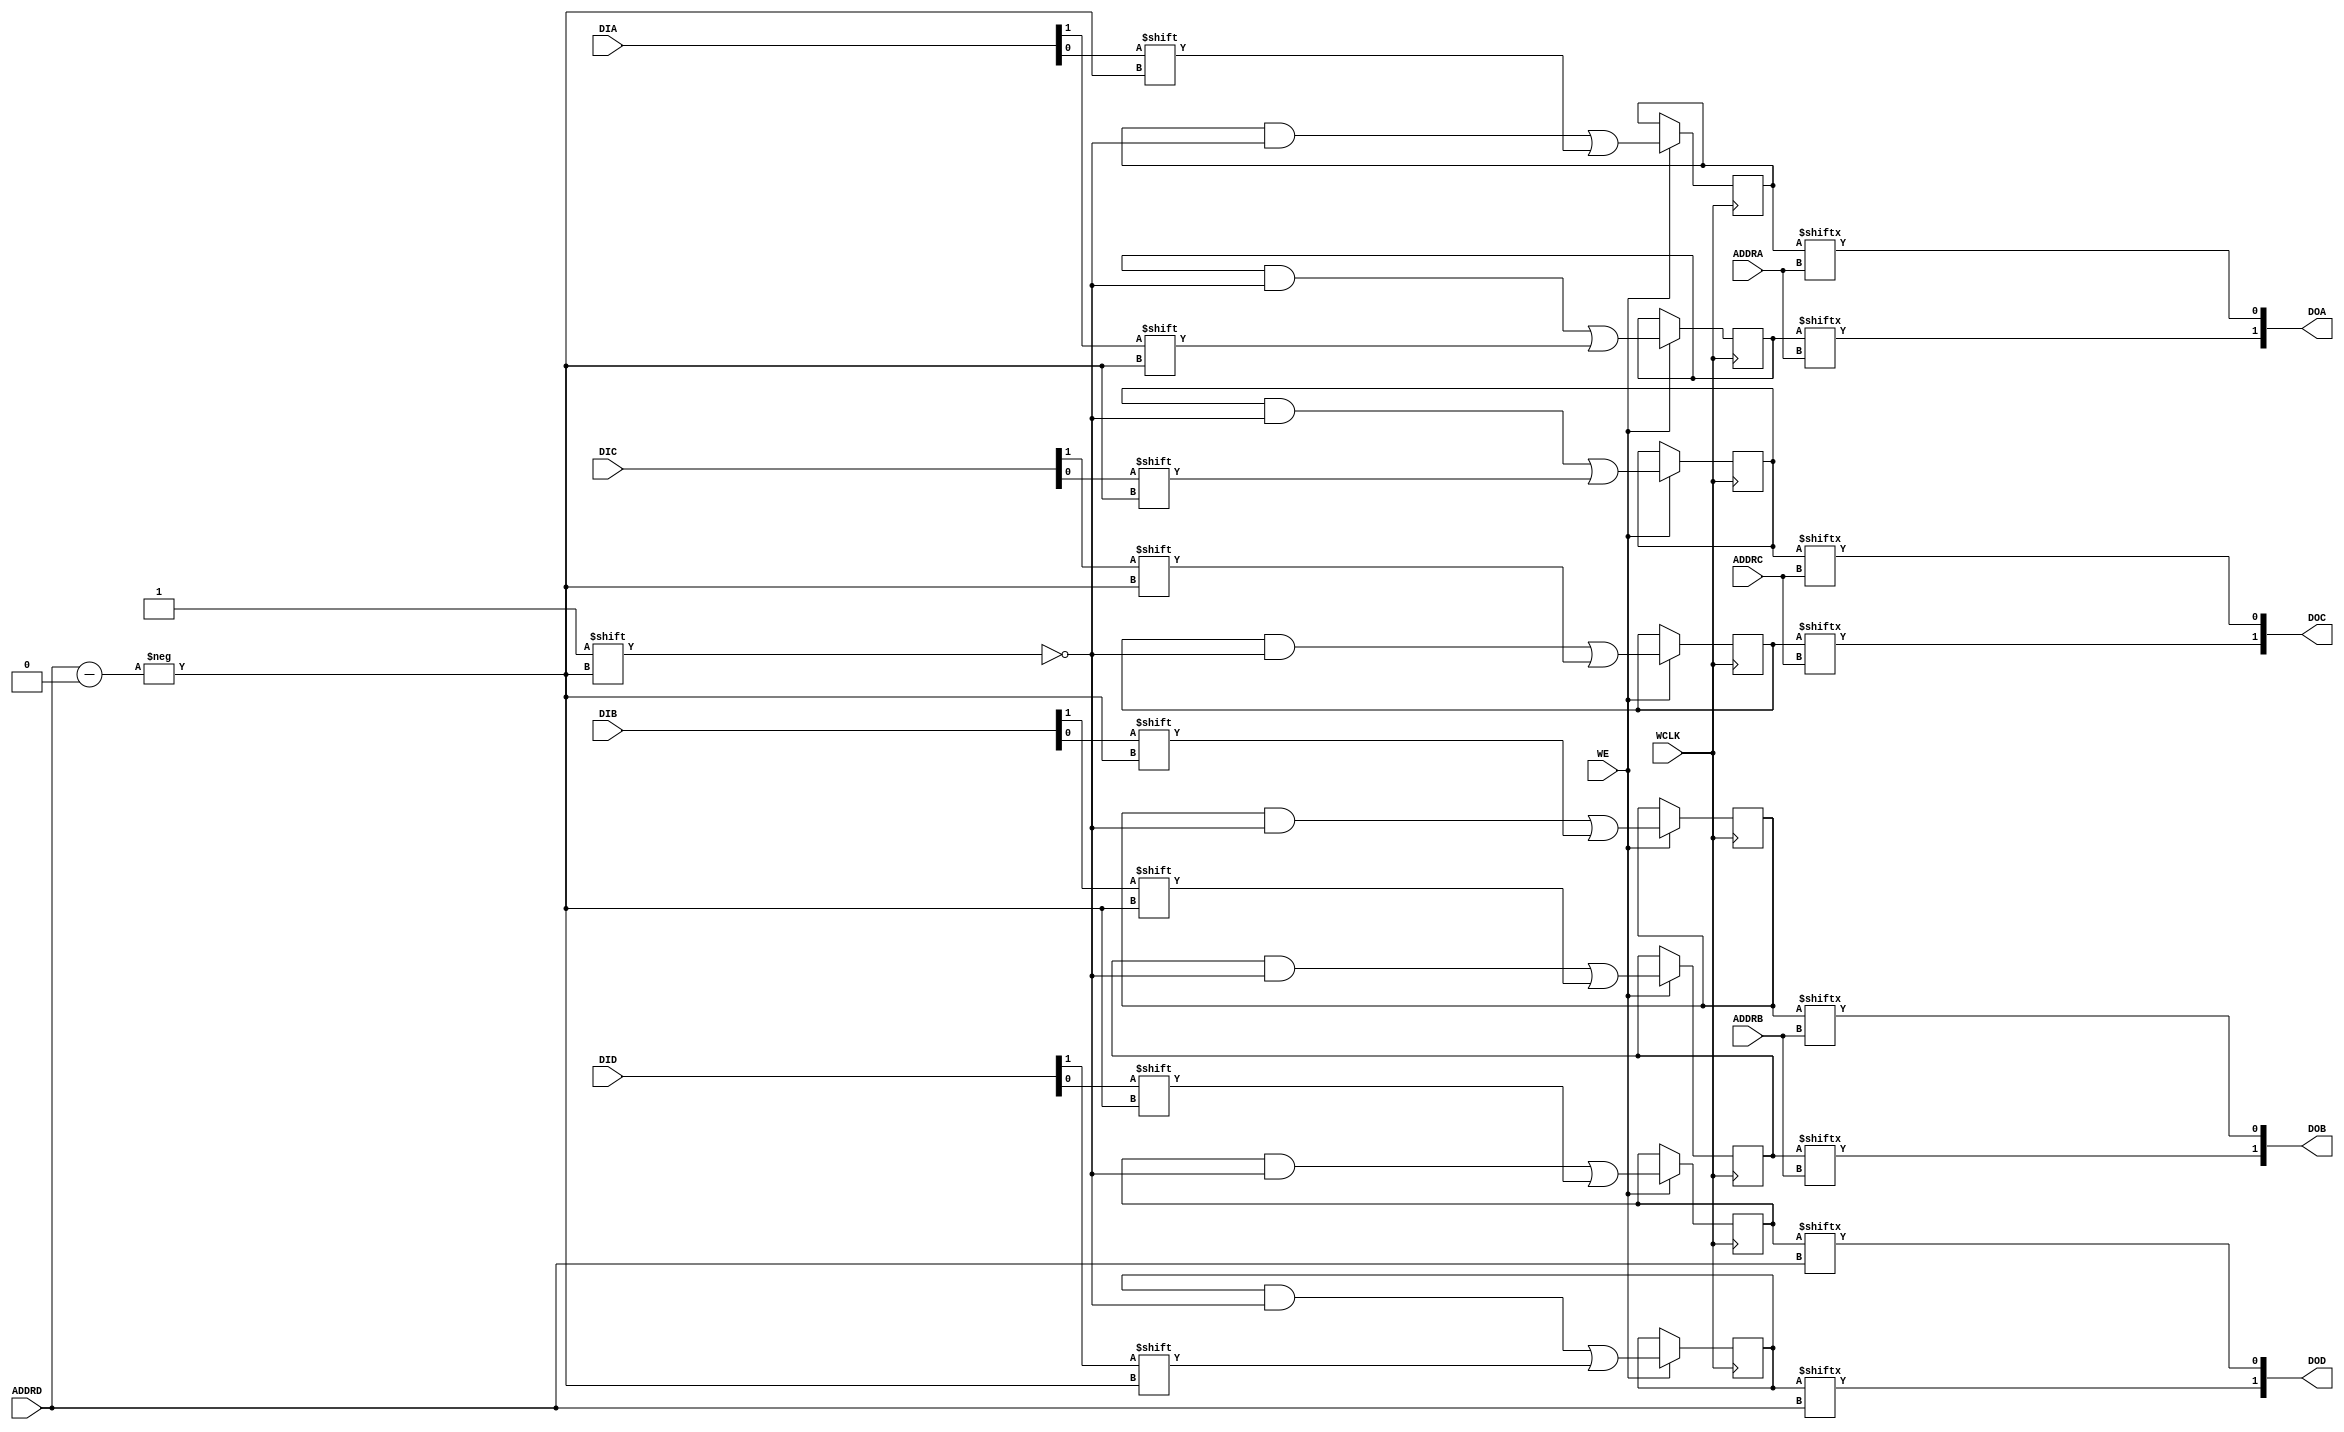
/*
 * Created on Fri Jan 14 2022
 *
 * Copyright (c) 2022 IOA UCAS
 *
 * @Filename:	LUT6.v
 * @Author:		Jiawei Lin
 * @Last edit:	10:13:18
 */

`resetall
`timescale 1ns / 1ps
`default_nettype none

module RAM32M # (
	parameter INIT_A = 64'h0000_0000_0000_0000,
	parameter INIT_B = 64'h0000_0000_0000_0000,
	parameter INIT_C = 64'h0000_0000_0000_0000,
	parameter INIT_D = 64'h0000_0000_0000_0000
) (
	output wire [1:0] DOA,
	output wire [1:0] DOB,
	output wire [1:0] DOC,
	output wire [1:0] DOD,
	input  wire [4:0] ADDRA,
	input  wire [4:0] ADDRB,
	input  wire [4:0] ADDRC,
	input  wire [4:0] ADDRD,
	input  wire [1:0] DIA,
	input  wire [1:0] DIB,
	input  wire [1:0] DIC,
	input  wire [1:0] DID,
	input  wire WCLK,
	input  wire WE
);

reg [31:0] LUT5_A_H_reg = INIT_A >> 32, LUT5_A_H_next;
reg [31:0] LUT5_A_L_reg = INIT_A, LUT5_A_L_next;
reg [31:0] LUT5_B_H_reg = INIT_B >> 32, LUT5_B_H_next;
reg [31:0] LUT5_B_L_reg = INIT_B, LUT5_B_L_next;
reg [31:0] LUT5_C_H_reg = INIT_C >> 32, LUT5_C_H_next;
reg [31:0] LUT5_C_L_reg = INIT_C, LUT5_C_L_next;
reg [31:0] LUT5_D_H_reg = INIT_D >> 32, LUT5_D_H_next;
reg [31:0] LUT5_D_L_reg = INIT_D, LUT5_D_L_next;

reg dummy;

assign DOA = {LUT5_A_H_reg[ADDRA],LUT5_A_L_reg[ADDRA]};
assign DOB = {LUT5_B_H_reg[ADDRB],LUT5_B_L_reg[ADDRB]};
assign DOC = {LUT5_C_H_reg[ADDRC],LUT5_C_L_reg[ADDRC]};
assign DOD = {LUT5_D_H_reg[ADDRD],LUT5_D_L_reg[ADDRD]};

always @(*) begin
	LUT5_A_H_next = LUT5_A_H_reg;
	LUT5_A_L_next = LUT5_A_L_reg;
	LUT5_B_H_next = LUT5_B_H_reg;
	LUT5_B_L_next = LUT5_B_L_reg;
	LUT5_C_H_next = LUT5_C_H_reg;
	LUT5_C_L_next = LUT5_C_L_reg;
	LUT5_D_H_next = LUT5_D_H_reg;
	LUT5_D_L_next = LUT5_D_L_reg;
	if (WE) begin
		LUT5_A_H_next[ADDRD] = DIA[1];
		LUT5_A_L_next[ADDRD] = DIA[0];
		LUT5_B_H_next[ADDRD] = DIB[1];
		LUT5_B_L_next[ADDRD] = DIB[0];
		LUT5_C_H_next[ADDRD] = DIC[1];
		LUT5_C_L_next[ADDRD] = DIC[0];
		LUT5_D_H_next[ADDRD] = DID[1];
		LUT5_D_L_next[ADDRD] = DID[0];
	end
	dummy = WCLK;
end

always @(posedge(WCLK)) begin	
	LUT5_A_H_reg <= LUT5_A_H_next;
	LUT5_A_L_reg <= LUT5_A_L_next;
	LUT5_B_H_reg <= LUT5_B_H_next;
	LUT5_B_L_reg <= LUT5_B_L_next;
	LUT5_C_H_reg <= LUT5_C_H_next;
	LUT5_C_L_reg <= LUT5_C_L_next;
	LUT5_D_H_reg <= LUT5_D_H_next;
	LUT5_D_L_reg <= LUT5_D_L_next;
end

endmodule

`resetall